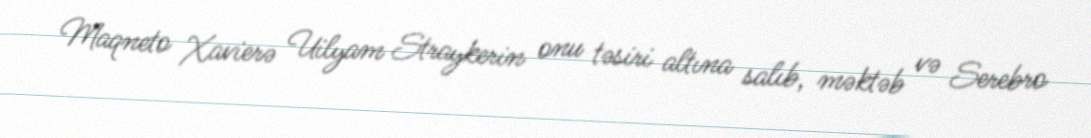
Maqneto Xavierə Uilyam Straykerin onu təsiri altına salıb, məktəb və Serebro